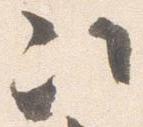
次